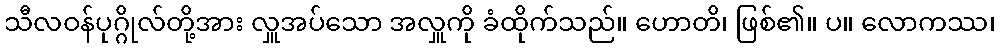
သီလဝန်ပုဂ္ဂိုလ်တို့အား လှူအပ်သော အလှူကို ခံထိုက်သည်။ ဟောတိ၊ ဖြစ်၏။ ပ။ လောကဿ၊